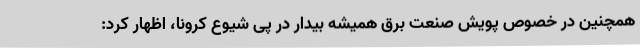
همچنین در خصوص پویش صنعت برق همیشه بیدار در پی شیوع کرونا، اظهار کرد: